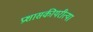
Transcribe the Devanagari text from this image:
प्रशासकीयरीत्या